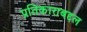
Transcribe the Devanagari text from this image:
प्रतिकाराबद्दल